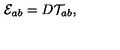
{ \cal E } _ { a b } = D { \cal T } _ { a b } ,